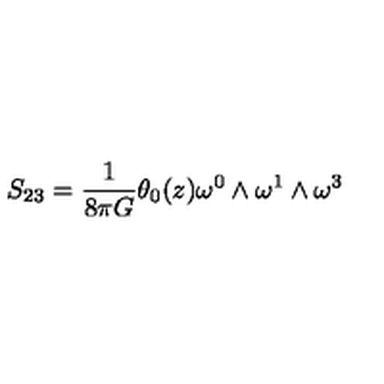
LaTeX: S _ { 2 3 } = \frac { 1 } { 8 { \pi } G } { \theta } _ { 0 } ( z ) { \omega } ^ { 0 } \wedge { \omega } ^ { 1 } \wedge { \omega } ^ { 3 }